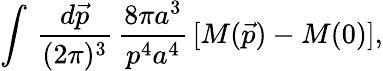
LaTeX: \int\, \frac{d\vec{p}}{(2\pi)^{3}}\, \frac{8\pi a^{3}}{p^{4}a^{4}}\, [M(\vec{p})-M(0)],